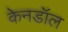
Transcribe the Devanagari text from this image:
केनडॉल